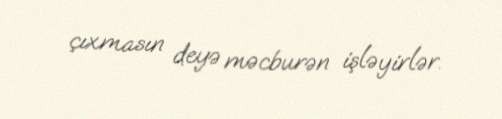
çıxmasın deyə məcburən işləyirlər.